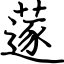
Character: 蓫